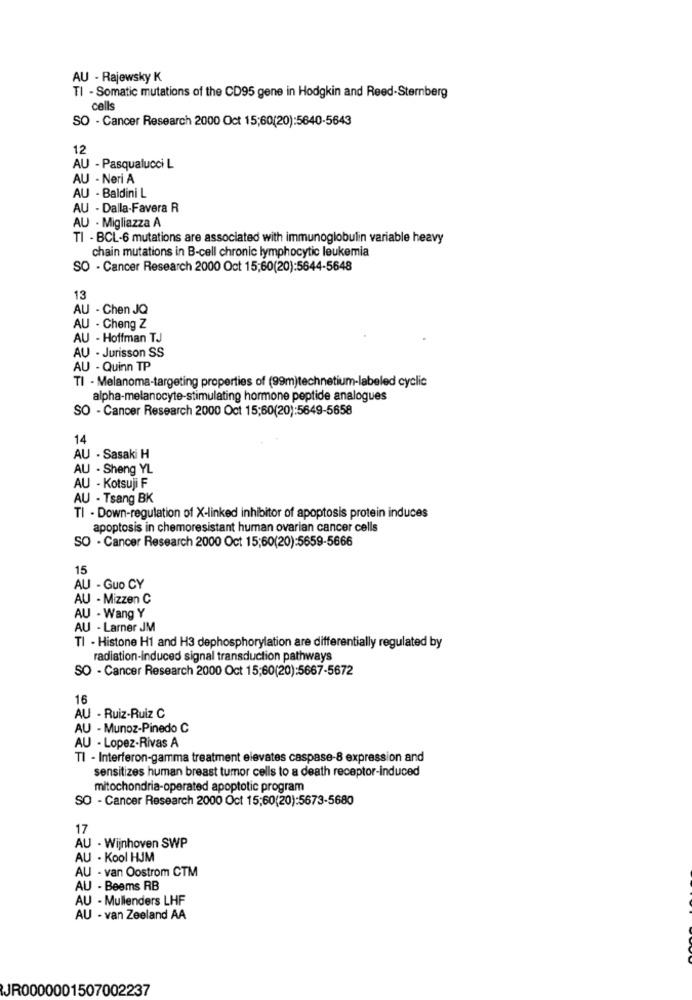
AU - Rajewsky K
TI - Somatic mutations of the CD95 gene in Hodgkin and Reed-Sternberg
cells
SO - Cancer Research 2000 Oct 15;60(20):5640-5643
12
AU - Pasqualucci L
AU - Neri A
AU - Baldini L
AU - Dalla-Favera R
AU - Migliazza A
TI - BCL-6 mutations are associated with immunoglobulin variable heavy
chain mutations in B-cell chronic lymphocytic leukemia
SO - Cancer Research 2000 Oct 15:60(20):5644-5648
13
AU - Chen JQ
AU - Cheng Z
AU - Hoffman TJ
AU - Jurisson SS
AU - Quinn TP
TI - Melanoma-targeting properties of (99m)technetium-labeled cyclic
alpha-melanocyte-stimulating hormone peptide analogues
SO - Cancer Research 2000 Oct 15;60(20):5649-5658
14
AU - Sasaki H
AU - Sheng YL
AU - Kotsuji F
AU - Tsang BK
TI - Down-regulation of X-linked inhibitor of apoptosis protein induces
apoptosis in chemoresistant human ovarian cancer cells
SO - Cancer Research 2000 Oct 15;60(20):5659-5666
15
AU - Guo CY
AU - Mizzen C
AU - Wang Y
AU - Larner JM
TI - Histone H1 and H3 dephosphorylation are differentially regulated by
radiation-induced signal transduction pathways
SO - Cancer Research 2000 Oct 15;60(20):5667-5672
16
AU - Ruiz-Ruiz C
AU - Munoz-Pinedo C
AU - Lopez-Rivas A
TI - Interferon-gamma treatment elevates caspase-8 expression and
sensitizes human breast tumor cells to a death receptor-induced
mitochondria-operated apoptotic program
SO - Cancer Research 2000 Oct 15;60(20):5673-5680
17
AU - Wijnhoven SWP
AU - Kool HJM
AU - van Oostrom CTM
AU - Beems RB
AU - Mullenders LHF
AU - van Zeeland AA
JR0000001507002237